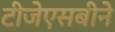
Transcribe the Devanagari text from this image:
टीजेएसबीने